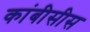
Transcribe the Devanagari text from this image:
कांबीसीस